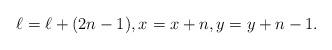
LaTeX: \begin{align*} \ell_{} = \ell + (2n-1), x_{} = x + n, y_{} = y + n-1. \end{align*}